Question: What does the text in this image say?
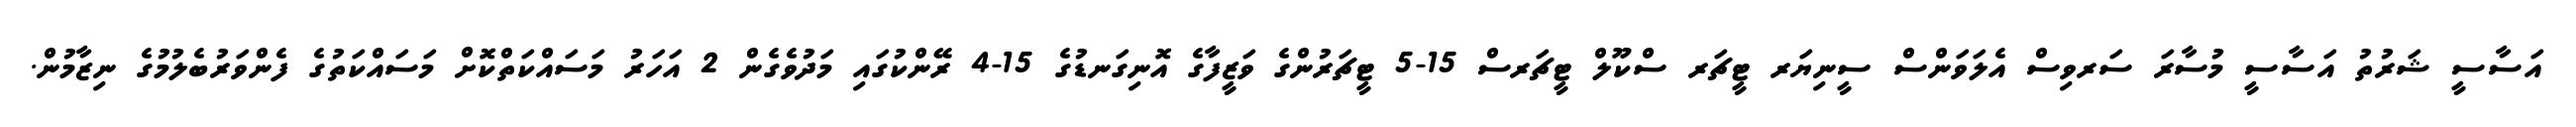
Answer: އަސާސީ ޝަރުތު އަސާސީ މުސާރަ ސަރވިސް އެލަވަންސް ސީނިޔަރ ޓީޗަރ ސްކޫލް ޓީޗަރސް 15-5 ޓީޗަރުންގެ ވަޒީފާގެ އޮނިގަނޑުގެ 15-4 ރޭންކުގައި މަދުވެގެން 2 އަހަރު މަސައްކަތްކޮށް މަސައްކަތުގެ ފެންވަރުބެލުމުގެ ނިޒާމުން.